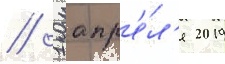
// 1 апр'е́л'я 2019